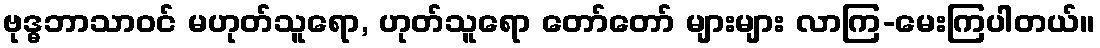
ဗုဒ္ဓဘာသာဝင် မဟုတ်သူရော, ဟုတ်သူရော တော်တော် များများ လာကြ-မေးကြပါတယ်။